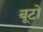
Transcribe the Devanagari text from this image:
बूटो